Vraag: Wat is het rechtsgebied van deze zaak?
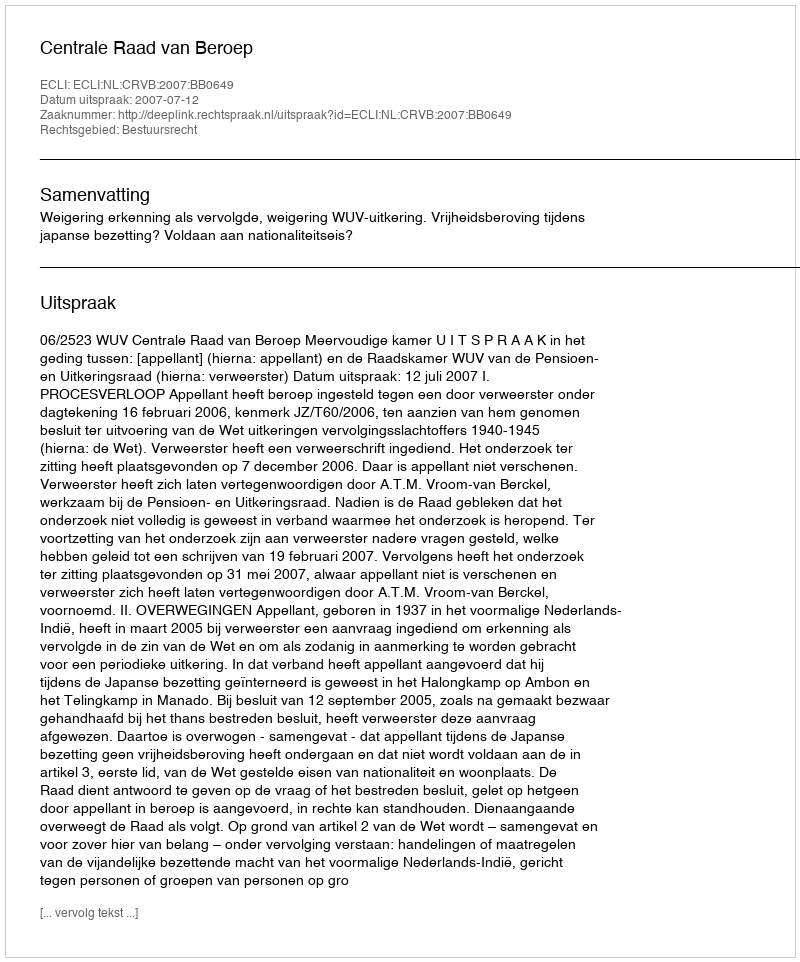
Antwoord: Bestuursrecht